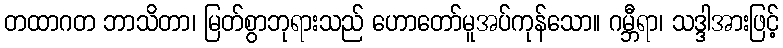
တထာဂတ ဘာသိတာ၊ မြတ်စွာဘုရားသည် ဟောတော်မူအပ်ကုန်သော။ ဂမ္ဘီရာ၊ သဒ္ဒါအားဖြင့်